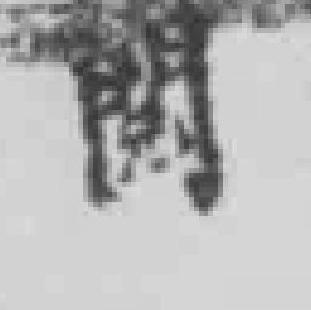
閲